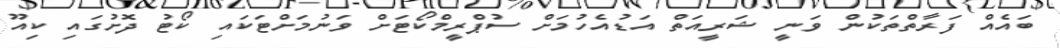
ބައެއް ފަރާތްތަކުން ވަނީ ޝަރީއަތް އަޑުއެހުމަށް ސުޕްރީމްކޯޓަށް ވަނުމަށްޓަކައި ކޯޓު ދޮށުގައި ކިއޫ